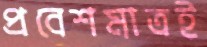
প্রবেশমাত্রই